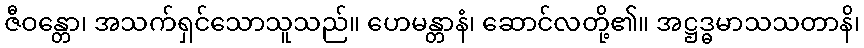
ဇီဝန္တော၊ အသက်ရှင်သောသူသည်။ ဟေမန္တာနံ၊ ဆောင်လတို့၏။ အဋ္ဌဒ္ဓမာသသတာနိ၊